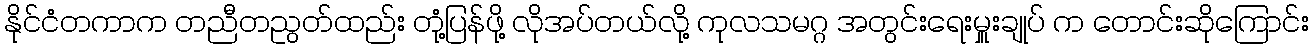
နိုင်ငံတကာက တညီတညွတ်ထည်း တုံ့ပြန်ဖို့ လိုအပ်တယ်လို့ ကုလသမဂ္ဂ အတွင်းရေးမှူးချုပ် က တောင်းဆိုကြောင်း